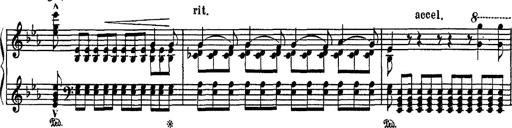
Title: Fantaisie sur des motifs favoris de l'opÃ©ra 'La sonnambula'
Composer: Franz Liszt